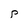
Character: P